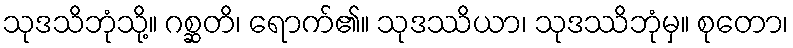
သုဒသိဘုံသို့။ ဂစ္ဆတိ၊ ရောက်၏။ သုဒဿိယာ၊ သုဒဿိဘုံမှ။ စုတော၊